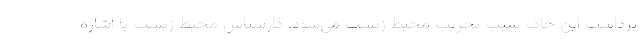
برداشت این خاک سبب تخریب محیط زیست می‌شود. کارشناس محیط زیست با اشاره